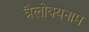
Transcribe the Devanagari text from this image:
त्रैलोक्यनाम